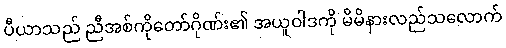
ပီယာသည် ညီအစ်ကိုတော်ဂိုဏ်း၏ အယူဝါဒကို မိမိနားလည်သလောက်